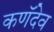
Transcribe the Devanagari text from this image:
कणॅदेव